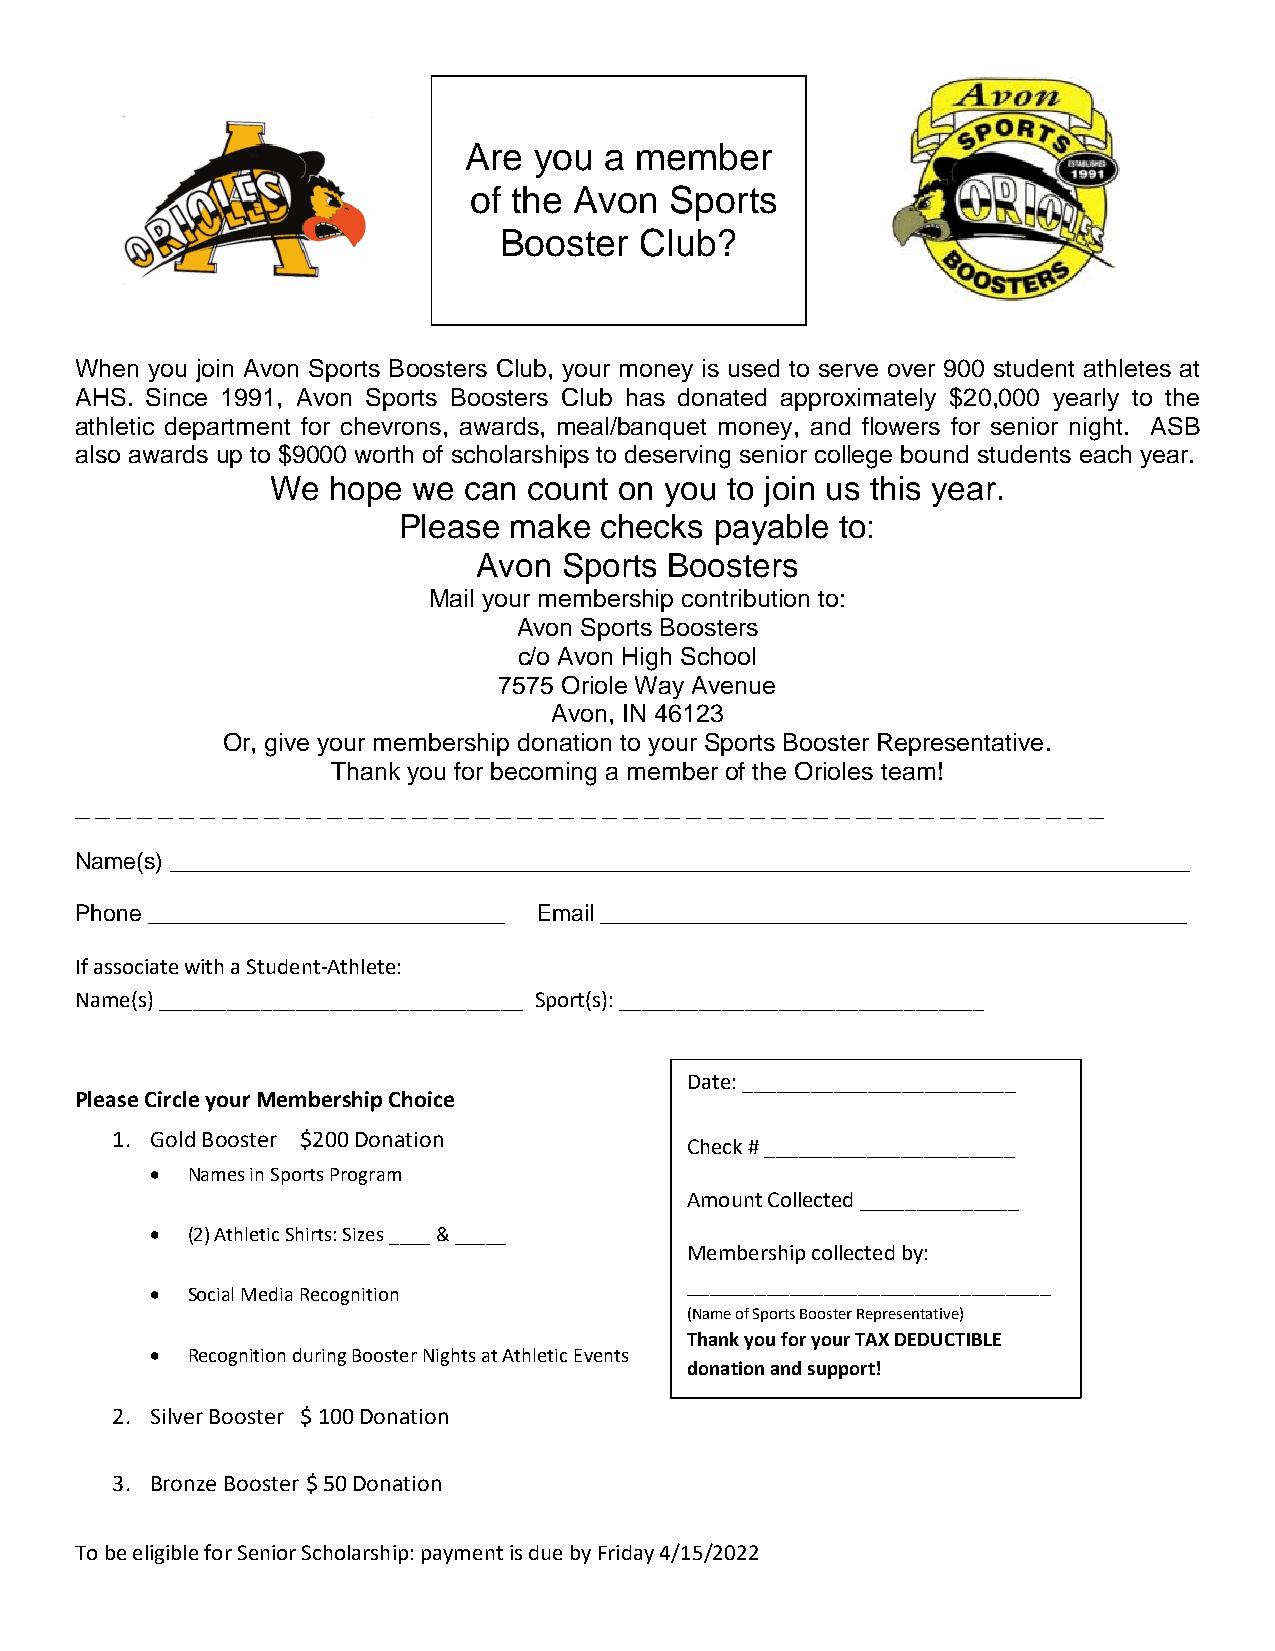
Are you  a member
 of the Avon  Sports
 Booster  Club?
 When you join Avon Sports Boosters Club, your money is used to serve over 900 student athletes at
 AHS. Since 1991, Avon Sports Boosters Club has donated approximately $20,000 yearly to the
 athletic department for chevrons, awards, meal/banquet money, and flowers for senior night. ASB
 also awards up to $9000 worth of scholarships to deserving senior college bound students each year.
 We  hope we  can count on you to join us this year.
 Please  make  checks payable  to:
 Avon Sports Boosters
 Mail your membership contribution to:
 Avon Sports Boosters
 c/o Avon High School
 7575 Oriole Way Avenue
 Avon, IN 46123
 Or, give your membership donation to your Sports Booster Representative.
 Thank you for becoming a member of the Orioles team!
 _ _ _ _ _ _ _ _ _ _ _ _ _ _ _ _ _ _ _ _ _ _ _ _ _ _ _ _ _ _ _ _ _ _ _ _ _ _ _ _ _ _ _ _ _ _ _ _ _
 Name(s) ________________________________________________________________________________
 Phone ____________________________ Email ______________________________________________
 If associate with a Student-Athlete:
 Name(s) ________________________________ Sport(s): ________________________________
 Date: ________________________
 Please Circle your Membership Choice
 1. Gold Booster $200 Donation
 Check # ______________________
  Names in Sports Program
 Amount Collected ______________
  (2) Athletic Shirts: Sizes ____ & _____
 Membership collected by:
 ________________________________
  Social Media Recognition
 (Name of Sports Booster Representative)
 Thank you for your TAX DEDUCTIBLE
  Recognition during Booster Nights at Athletic Events
 donation and support!
 2. Silver Booster $ 100 Donation
 3. Bronze Booster $ 50 Donation
 To be eligible for Senior Scholarship: payment is due by Friday 4/15/2022